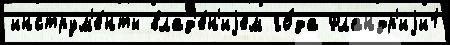
инструм'е́нты влад'е́н'иjем го́да Фландр'иjи1